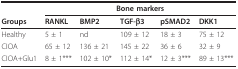
|  | <COLSPAN=5> Bone markers |
 | Groups | RANKL | BMP2 | TGF-β3 | pSMAD2 | DKK1 |
 | --- | --- | --- | --- | --- | --- |
 | Healthy | 5 ± 1 | nd | 109 ± 12 | 18 ± 3 | 75 ± 12 |
 | CIOA | 65 ± 12 | 136 ± 21 | 145 ± 22 | 36 ± 6 | 32 ± 9 |
 | CIOA+Glu1 | 8 ± 1*** | 102 ± 10* | 112 ± 14* | 12 ± 3*** | 89 ± 13*** |